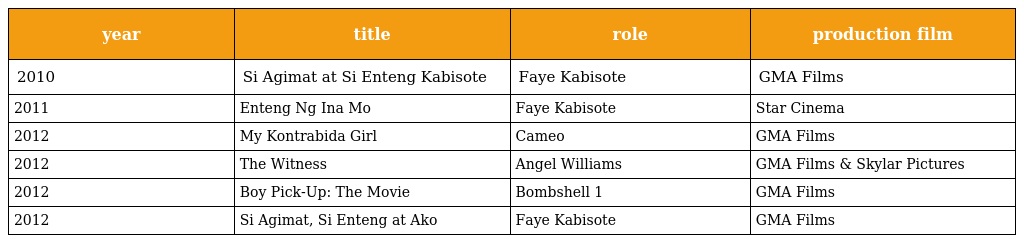
| year | title | role | production film |
 | --- | --- | --- | --- |
 | 2010 | Si Agimat at Si Enteng Kabisote | Faye Kabisote | GMA Films |
 | 2011 | Enteng Ng Ina Mo | Faye Kabisote | Star Cinema |
 | 2012 | My Kontrabida Girl | Cameo | GMA Films |
 | 2012 | The Witness | Angel Williams | GMA Films & Skylar Pictures |
 | 2012 | Boy Pick-Up: The Movie | Bombshell 1 | GMA Films |
 | 2012 | Si Agimat, Si Enteng at Ako | Faye Kabisote | GMA Films |